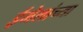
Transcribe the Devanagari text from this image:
ईमेलांच्या